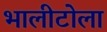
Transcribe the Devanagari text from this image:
भालीटोला